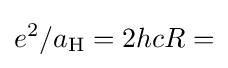
e^{2}/a_{\text{H}}=2hcR=